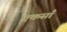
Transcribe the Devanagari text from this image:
एकसाँ